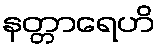
နတ္တာရေဟိ